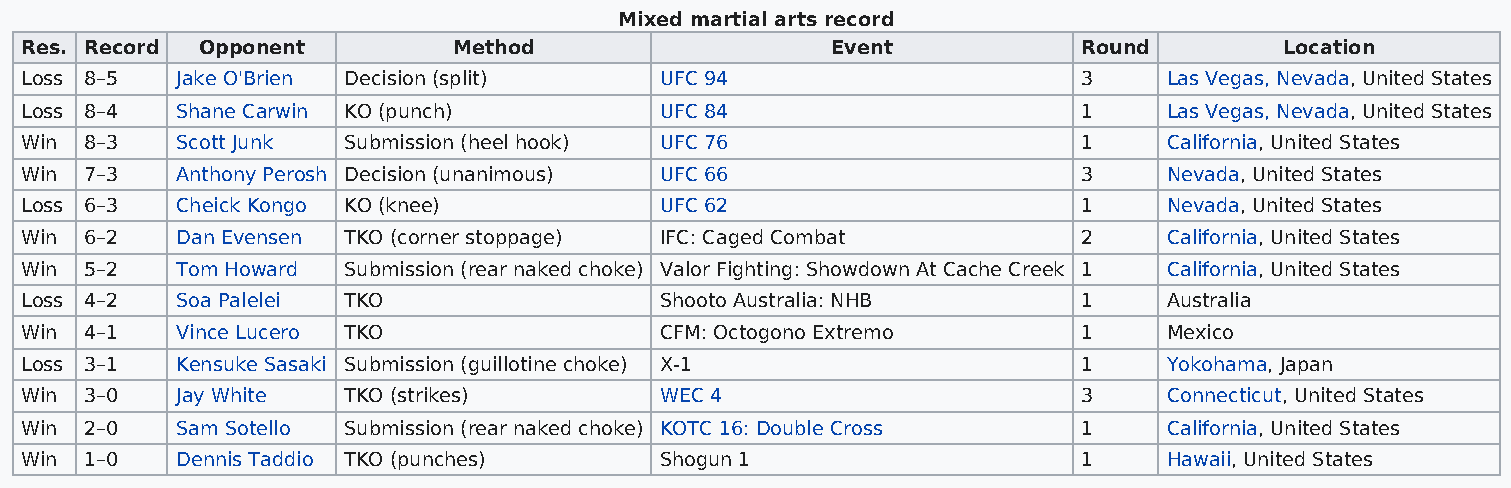
Mixed martial arts record
 Res. Record Opponent         Method                   Event            Round        Location
 Loss 8–5   Jake O'Brien Decision (split)   UFC 94                      3    Las Vegas, Nevada, United States
 Loss 8–4   Shane Carwin KO (punch)         UFC 84                      1    Las Vegas, Nevada, United States
 Win  8–3   Scott Junk Submission (heel hook) UFC 76                    1    California, United States
 Win  7–3   Anthony Perosh Decision (unanimous) UFC 66                  3    Nevada, United States
 Loss 6–3   Cheick Kongo KO (knee)          UFC 62                      1    Nevada, United States
 Win  6–2   Dan Evensen TKO (corner stoppage) IFC: Caged Combat         2    California, United States
 Win  5–2   Tom Howard Submission (rear naked choke) Valor Fighting: Showdown At Cache Creek 1 California, United States
 Loss 4–2   Soa Palelei TKO                 Shooto Australia: NHB       1    Australia
 Win  4–1   Vince Lucero TKO                CFM: Octogono Extremo       1    Mexico
 Loss 3–1   Kensuke Sasaki Submission (guillotine choke) X-1            1    Yokohama, Japan
 Win  3–0   Jay White  TKO (strikes)        WEC 4                       3    Connecticut, United States
 Win  2–0   Sam Sotello Submission (rear naked choke) KOTC 16: Double Cross 1 California, United States
 Win  1–0   Dennis Taddio TKO (punches)     Shogun 1                    1    Hawaii, United States